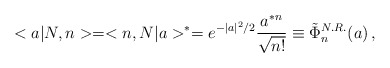
\begin{align*}<a|N,n>=<n,N|a>^*=e^{-|a|^2/2} \frac{a^*{}^n}{\sqrt{n!}}\equiv\tilde{\Phi}_n^{N.R.}(a) \, ,\end{align*}